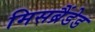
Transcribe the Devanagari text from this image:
मिसब्रैंडेड